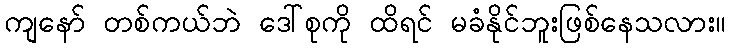
ကျနော် တစ်ကယ်ဘဲ ဒေါ်စုကို ထိရင် မခံနိုင်ဘူးဖြစ်နေသလား။